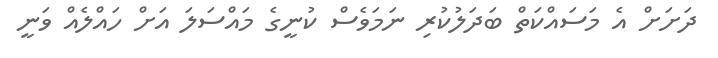
ދަށަށް އެ މަސައްކަތް ބަދަލުކުރި ނަމަވެސް ކުނީގެ މައްސަލަ އަށް ހައްލެއް ވަނީ